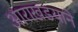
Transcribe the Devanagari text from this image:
आराखडयाने